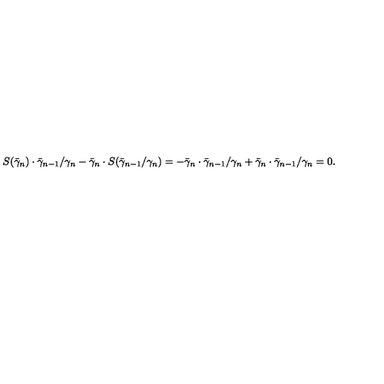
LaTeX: S ( \bar { \gamma } _ { n } ) \cdot \bar { \gamma } _ { n - 1 } / \gamma _ { n } - \bar { \gamma } _ { n } \cdot S ( \bar { \gamma } _ { n - 1 } / \gamma _ { n } ) = - \bar { \gamma } _ { n } \cdot \bar { \gamma } _ { n - 1 } / \gamma _ { n } + \bar { \gamma } _ { n } \cdot \bar { \gamma } _ { n - 1 } / \gamma _ { n } = 0 .